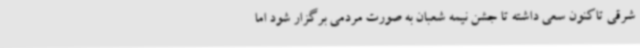
شرقی تاکنون سعی داشته تا جشن نیمه شعبان به صورت مردمی برگزار شود اما